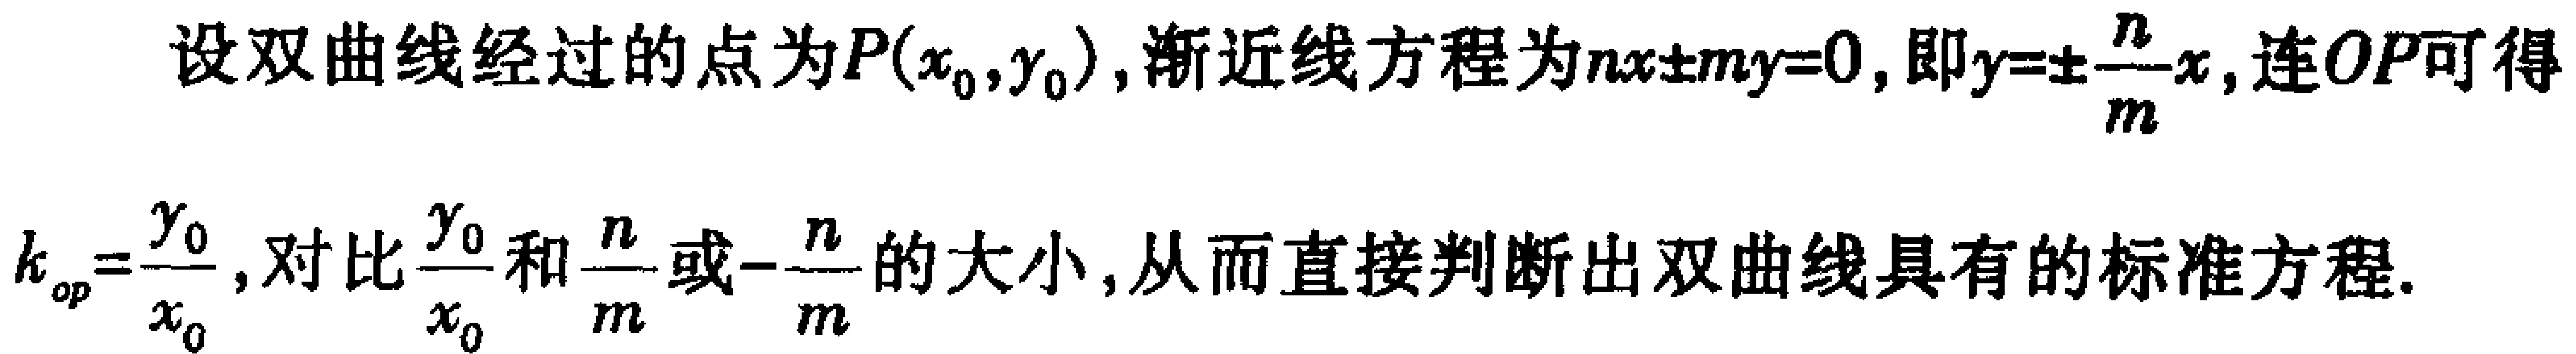
设双曲线经过的点为\(P(x_{0},y_{0})\)，渐近线方程为\(nx\pm my = 0\)，即\(y=\pm\frac{n}{m}x\)，连\(OP\)可得\(k_{op}=\frac{y_{0}}{x_{0}}\)，对比\(\frac{y_{0}}{x_{0}}\)和\(\frac{n}{m}\)或\(-\frac{n}{m}\)的大小，从而直接判断出双曲线具有的标准方程。